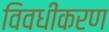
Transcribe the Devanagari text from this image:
विवधीकरण